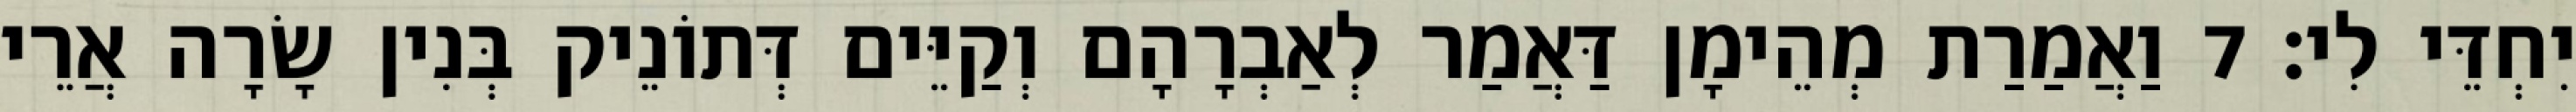
יִחְדֵּי לִי׃ 7 וַאֲמַרַת מְהֵימָן דַּאֲמַר לְאַבְרָהָם וְקַיֵּים דְּתוֹנֵיק בְּנִין שָׂרָה אֲרֵי